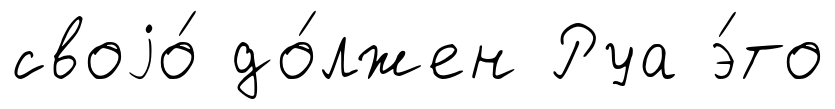
своjо́ до́лжен Руа э́то